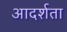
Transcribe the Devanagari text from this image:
आदर्शता